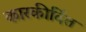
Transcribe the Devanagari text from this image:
कारकीर्दित